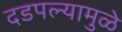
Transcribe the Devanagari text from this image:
दडपल्यामुळे